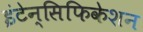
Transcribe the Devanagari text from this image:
इंटेन्सिफिकेशन